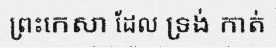
ព្រះកេសា ដែល ទ្រង់ កាត់